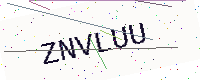
Text: ZNVLUU